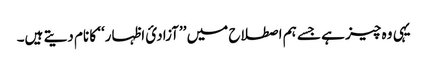
یہی وہ چیز ہے جسے ہم اصطلاح میں ’’آزادئ اظہار‘‘ کا نام دیتے ہیں۔